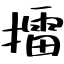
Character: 擂